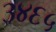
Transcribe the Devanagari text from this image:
३४६५